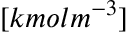
[ k m o l m ^ { - 3 } ]